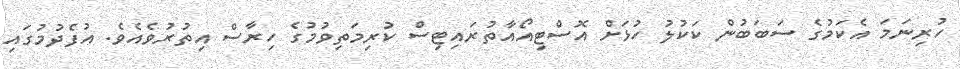
ހުރިނަމަ އެކަމުގެ ސަބަބުން ކަކުލު ހުޅަށް އޮސްޓިއޯއާތުރައިޓިސް ކުރިމަތިވުމުގެ ހިރާސް އިތުރުވެއެވެ. އުފެދުމުގައި